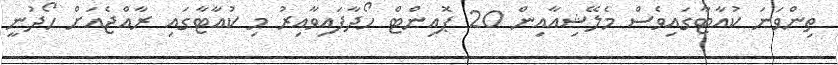
ތިންވަނަ ކުއާޓާގައިވެސް މެލޭޝިއާއިން 20 ޕޮއިންޓް ހޯދާފައިވާއިރު މި ކުއާޓާގައި ރާއްޖެއަށް ހޯދުނީ